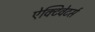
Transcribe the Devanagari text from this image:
ऐक्टिवेटर्स